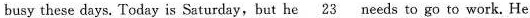
busy these days.Todayis Saturday, but he \underline{23}needs to gotowork.He